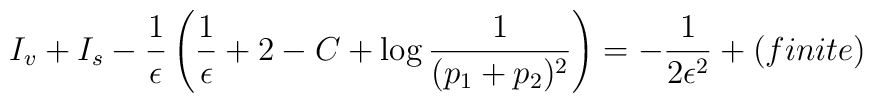
I_v+I_s-{1\over\epsilon}\left({1\over\epsilon}+2-C+\log{1\over (p_1+p_2)^2}\right)=-{1\over2\epsilon^2}+(finite)